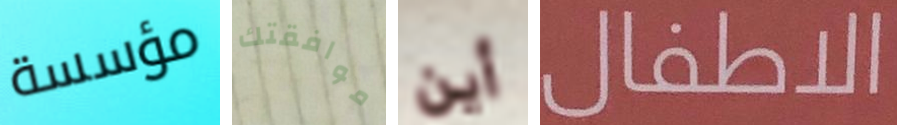
مؤسسة موافقتك أين الاطفال